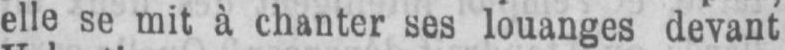
elle se mit à chanter ses louanges devant